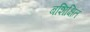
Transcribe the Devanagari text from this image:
बशिक्षित